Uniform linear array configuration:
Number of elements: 12
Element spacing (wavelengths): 0.5
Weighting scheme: binomial
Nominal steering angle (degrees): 45
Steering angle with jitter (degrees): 44.458
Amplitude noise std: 0.05
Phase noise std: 0.05

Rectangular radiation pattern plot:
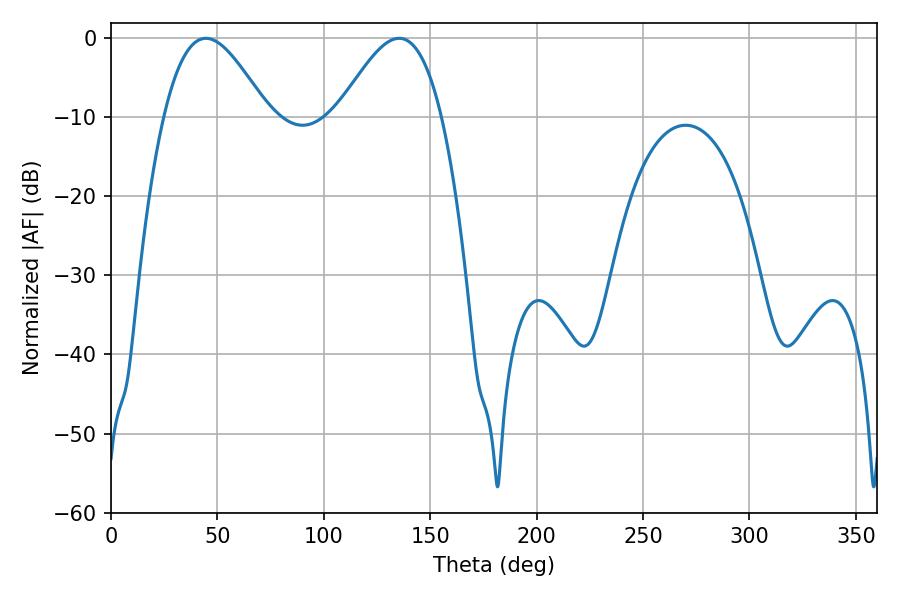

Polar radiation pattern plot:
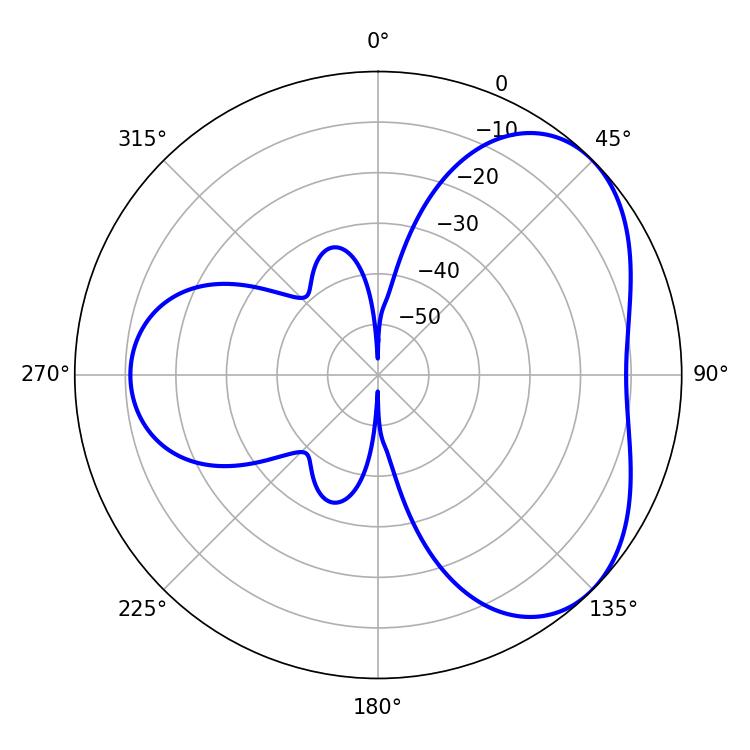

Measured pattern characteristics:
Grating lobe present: FALSE
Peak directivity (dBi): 4.458
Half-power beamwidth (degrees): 26.1
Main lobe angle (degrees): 44.64